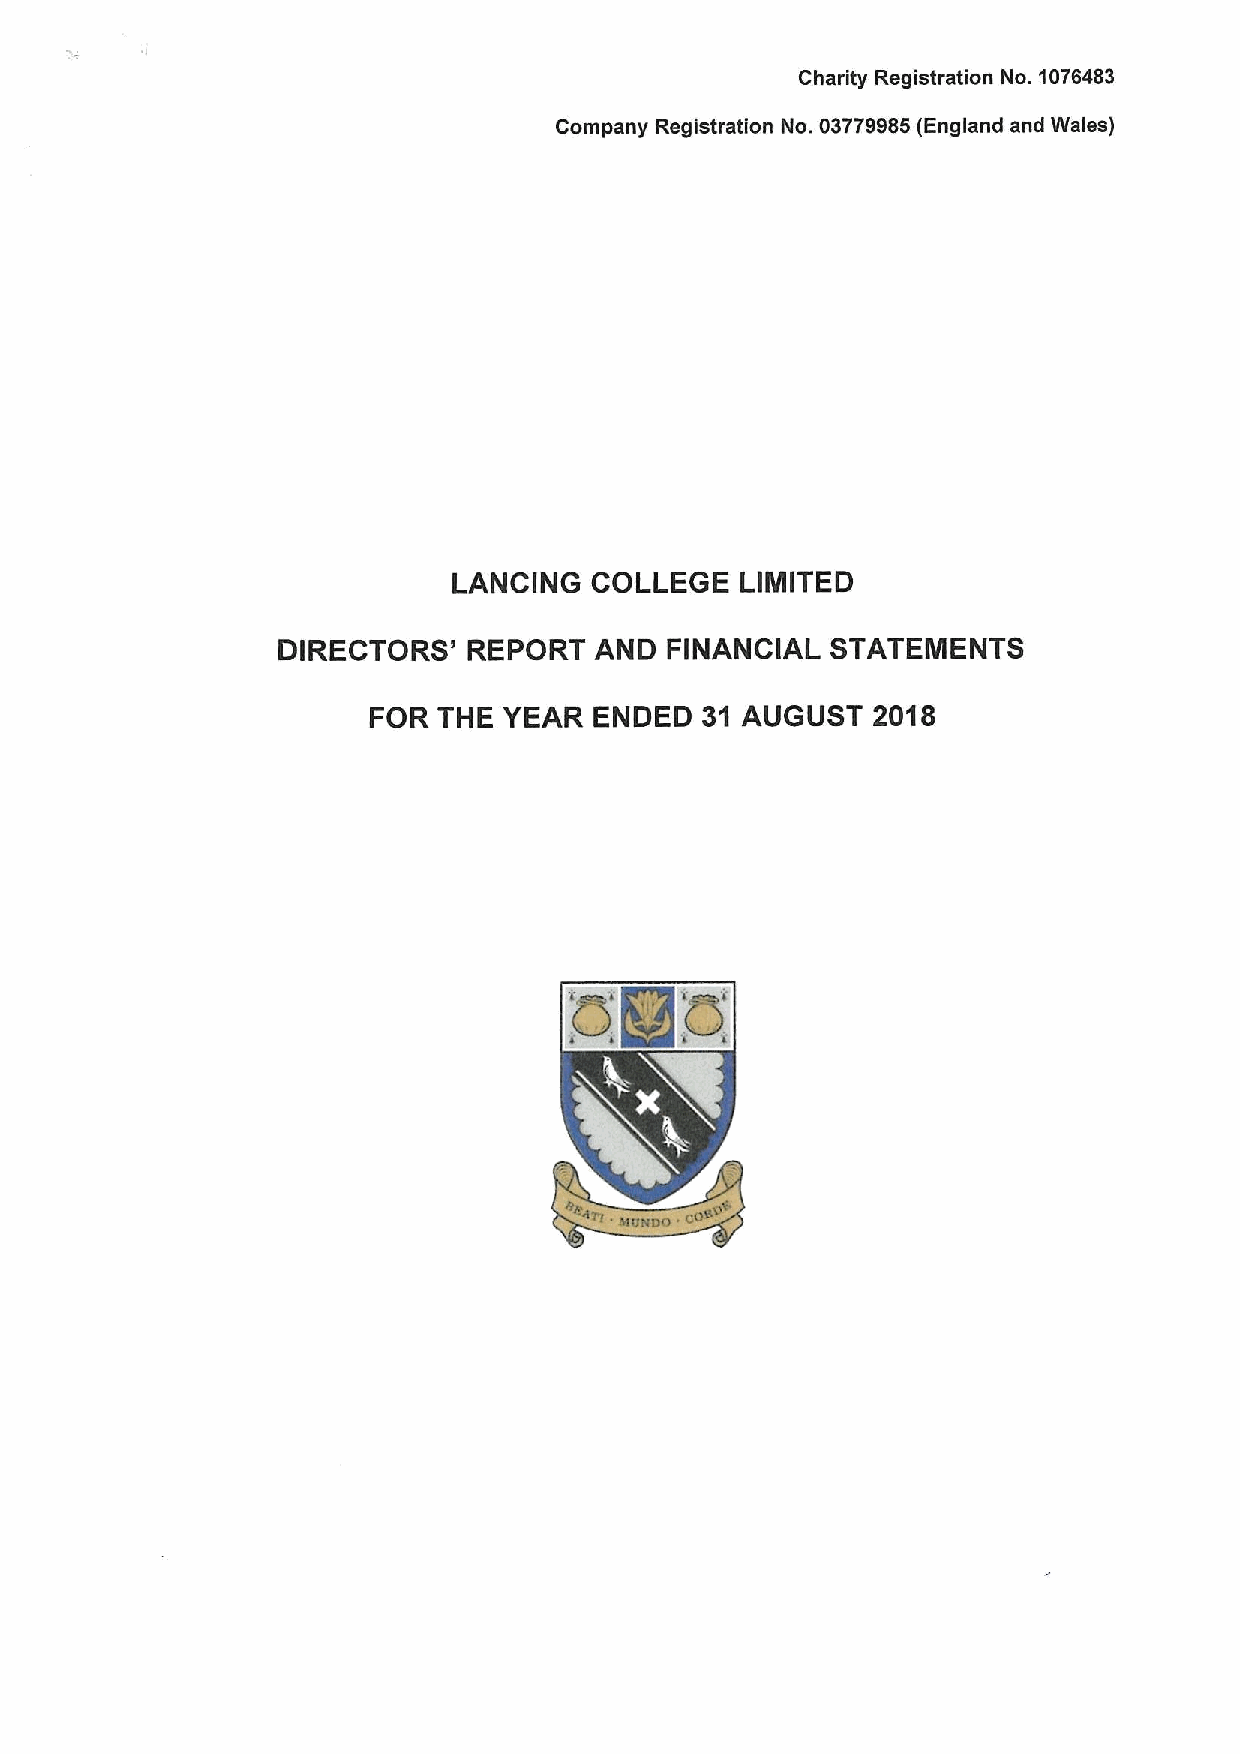
Charity Registration No. 1076483
 Company Registration No. 03779985(England and Wales)
 LANCING  COLLEGE   LIMITED
 DIRECTORS'   REPORT  AND  FINANCIAL  STATEMENTS
 FOR  THE YEAR  ENDED  31 AUGUST   2018